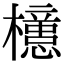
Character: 𣟥